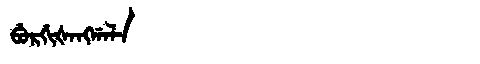
Manchu: ᠪᡠᡵᡤᡳᡧᠠᠩᡤᠠᠯᠠ
Romanization: BURGIŠANGGALA